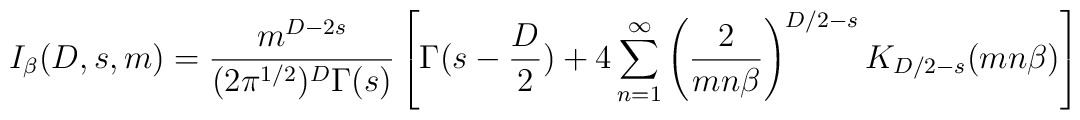
I_{\beta}(D,s,m)= \frac{m^{D-2s}}{(2\pi^{1/2})^D\Gamma(s)} \left[\Gamma(s-\frac{D}{2}) + 4 \sum_{n=1}^{\infty} \left( \frac{2}{mn\beta} \right)^{D/2-s} K_{D/2-s}(mn\beta) \right]